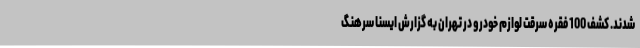
شدند. کشف 100 فقره سرقت لوازم خودرو در تهران به گزارش ایسنا سرهنگ